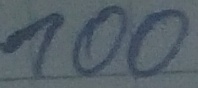
Text: 100